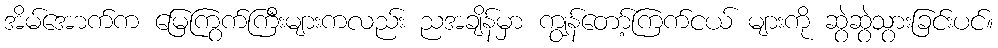
အိမ်အောက်က မြေကြွက်ကြီးများကလည်း ညအချိန်မှာ ကျွန်တော့်ကြက်ငယ် များကို ဆွဲဆွဲသွားခြင်းပင်။